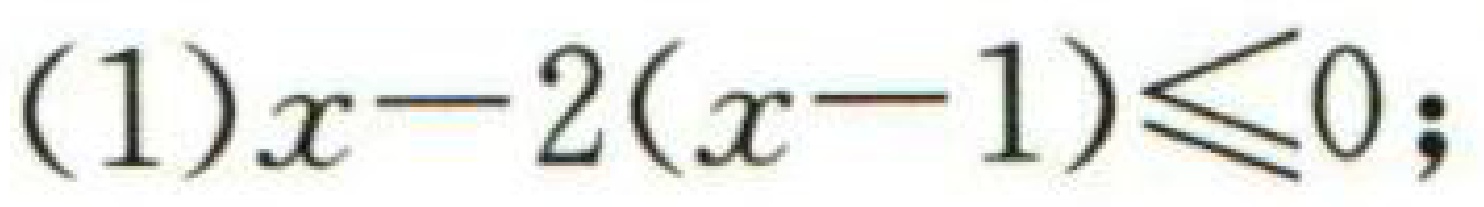
(1)\(x - 2(x - 1)\leq0\);